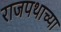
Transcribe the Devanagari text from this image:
राजपथाच्या